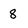
Character: 8